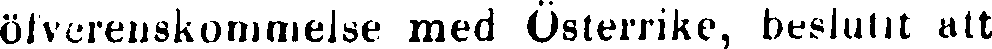
öfverenskommelse med Österrike, beslutit att